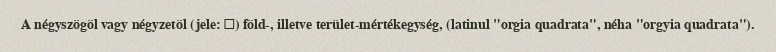
A négyszögöl vagy négyzetöl (jele: □) föld-, illetve terület-mértékegység, (latinul "orgia quadrata", néha "orgyia quadrata").